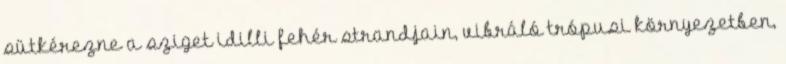
sütkérezne a sziget idilli fehér strandjain, vibráló trópusi környezetben,